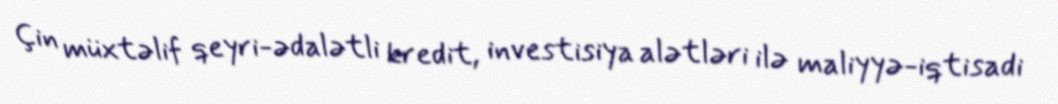
Çin müxtəlif qeyri-ədalətli kredit, investisiya alətləri ilə maliyyə-iqtisadi